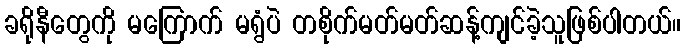
ခရိုနီတွေကို မကြောက် မရွံပဲ တစိုက်မတ်မတ်ဆန့်ကျင်ခဲ့သူဖြစ်ပါတယ်။